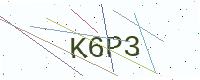
Text: K6P3